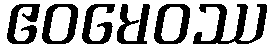
ဧဝမေဝဿ